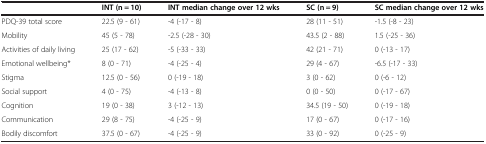
<table><thead><tr><td></td><td><b>INT (n = 10)</b></td><td><b>INT median change over 12 wks</b></td><td><b>SC (n = 9)</b></td><td><b>SC median change over 12 wks</b></td></tr></thead><tbody><tr><td>PDQ-39 total score</td><td>22.5 (9 - 61)</td><td>-4 (-17 - 8)</td><td>28 (11 - 51)</td><td>-1.5 (-8 - 23)</td></tr><tr><td>Mobility</td><td>45 (5 - 78)</td><td>-2.5 (-28 - 30)</td><td>43.5 (2 - 88)</td><td>1.5 (-25 - 36)</td></tr><tr><td>Activities of daily living</td><td>25 (17 - 62)</td><td>-5 (-33 - 33)</td><td>42 (21 - 71)</td><td>0 (-13 - 17)</td></tr><tr><td>Emotional wellbeing*</td><td>8 (0 - 71)</td><td>-4 (-25 - 4)</td><td>29 (4 - 67)</td><td>-6.5 (-17 - 33)</td></tr><tr><td>Stigma</td><td>12.5 (0 - 56)</td><td>0 (-19 - 18)</td><td>3 (0 - 62)</td><td>0 (-6 - 12)</td></tr><tr><td>Social support</td><td>4 (0 - 75)</td><td>-4 (-13 - 8)</td><td>0 (0 - 50)</td><td>0 (-17 - 67)</td></tr><tr><td>Cognition</td><td>19 (0 - 38)</td><td>3 (-12 - 13)</td><td>34.5 (19 - 50)</td><td>0 (-19 - 18)</td></tr><tr><td>Communication</td><td>29 (8 - 75)</td><td>-4 (-25 - 9)</td><td>17 (0 - 67)</td><td>0 (-17 - 16)</td></tr><tr><td>Bodily discomfort</td><td>37.5 (0 - 67)</td><td>-4 (-25 - 9)</td><td>33 (0 - 92)</td><td>0 (-25 - 9)</td></tr></tbody></table>